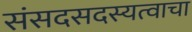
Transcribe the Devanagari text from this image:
संसदसदस्यत्वाचा